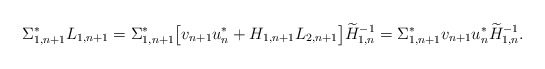
\begin{align*} \Sigma_{1, n+1}^* L_{1, n+1} = \Sigma_{1, n+1}^* \big[ v_{n+1} u_n^* + H_{1, n+1}L_{2, n+1} \big] \widetilde H_{1,n}^{-1} = \Sigma_{1, n+1}^* v_{n+1} u_n^* \widetilde H_{1,n}^{-1}. \end{align*}